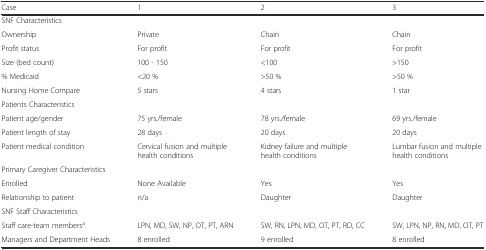
<table><thead><tr><td><b>Case</b></td><td><b>1</b></td><td><b>2</b></td><td><b>3</b></td></tr></thead><tbody><tr><td colspan="4">SNF Characteristics</td></tr><tr><td>Ownership</td><td>Private</td><td>Chain</td><td>Chain</td></tr><tr><td>Profit status</td><td>For profit</td><td>For profit</td><td>For profit</td></tr><tr><td>Size (bed count)</td><td>100 - 150</td><td>&lt;100</td><td>&gt;150</td></tr><tr><td>% Medicaid</td><td>&lt;20 %</td><td>&gt;50 %</td><td>&gt;50 %</td></tr><tr><td>Nursing Home Compare</td><td>5 stars</td><td>4 stars</td><td>1 star</td></tr><tr><td colspan="4">Patients Characteristics</td></tr><tr><td>Patient age/gender</td><td>75 yrs./female</td><td>78 yrs./female</td><td>69 yrs./female</td></tr><tr><td>Patient length of stay</td><td>28 days</td><td>20 days</td><td>20 days</td></tr><tr><td>Patient medical condition</td><td>Cervical fusion and multiple health conditions</td><td>Kidney failure and multiple health conditions</td><td>Lumbar fusion and multiple health conditions</td></tr><tr><td colspan="4">Primary Caregiver Characteristics</td></tr><tr><td>Enrolled</td><td>None Available</td><td>Yes</td><td>Yes</td></tr><tr><td>Relationship to patient</td><td>n/a</td><td>Daughter</td><td>Daughter</td></tr><tr><td colspan="4">SNF Staff Characteristics</td></tr><tr><td>Staff care-team members<sup>a</sup></td><td>LPN, MD, SW, NP, OT, PT, ARN</td><td>SW, RN, LPN, MD, OT, PT, RD, CC</td><td>SW, LPN, NP, RN, MD, OT, PT</td></tr><tr><td>Managers and Department Heads</td><td>8 enrolled</td><td>9 enrolled</td><td>8 enrolled</td></tr></tbody></table>